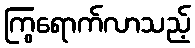
ကြွရောက်လာသည့်